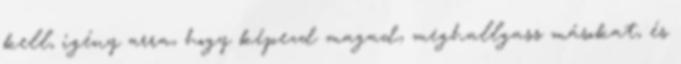
kell, igény arra, hogy képezd magad, meghallgass másokat, és